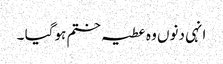
انہی دنوں وہ عطیہ ختم ہوگیا ۔